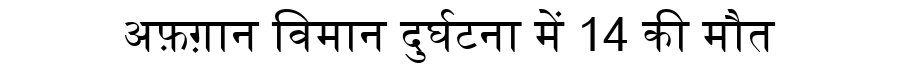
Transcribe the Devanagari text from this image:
अफ़ग़ान विमान दुर्घटना में 14 की मौत